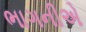
ભાગનીએ